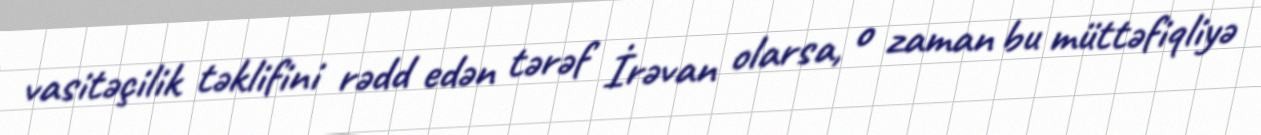
vasitəçilik təklifini rədd edən tərəf İrəvan olarsa, o zaman bu müttəfiqliyə